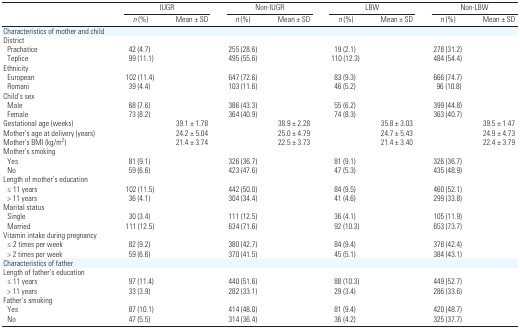
<table><thead><tr><td></td><td colspan="2"><b>IUGR</b></td><td colspan="2"><b>Non-IUGR</b></td><td colspan="2"><b>LBW</b></td><td colspan="2"><b>Non-LBW</b></td></tr><tr><td></td><td><b><i>n</i> (%)</b></td><td><b>Mean ± SD</b></td><td><b><i>n</i> (%)</b></td><td><b>Mean ± SD</b></td><td><b><i>n</i> (%)</b></td><td><b>Mean ± SD</b></td><td><b><i>n</i> (%)</b></td><td><b>Mean ± SD</b></td></tr></thead><tbody><tr><td colspan="9">Characteristics of mother and child</td></tr><tr><td colspan="9">District</td></tr><tr><td> Prachatice</td><td>42 (4.7)</td><td></td><td>255 (28.6)</td><td></td><td>19 (2.1)</td><td></td><td>278 (31.2)</td><td></td></tr><tr><td> Teplice</td><td>99 (11.1)</td><td></td><td>495 (55.6)</td><td></td><td>110 (12.3)</td><td></td><td>484 (54.4)</td><td></td></tr><tr><td colspan="9">Ethnicity</td></tr><tr><td> European</td><td>102 (11.4)</td><td></td><td>647 (72.6)</td><td></td><td>83 (9.3)</td><td></td><td>666 (74.7)</td><td></td></tr><tr><td> Romani</td><td>39 (4.4)</td><td></td><td>103 (11.6)</td><td></td><td>46 (5.2)</td><td></td><td>96 (10.8)</td><td></td></tr><tr><td colspan="9">Child’s sex</td></tr><tr><td> Male</td><td>68 (7.6)</td><td></td><td>386 (43.3)</td><td></td><td>55 (6.2)</td><td></td><td>399 (44.8)</td><td></td></tr><tr><td> Female</td><td>73 (8.2)</td><td></td><td>364 (40.9)</td><td></td><td>74 (8.3)</td><td></td><td>363 (40.7)</td><td></td></tr><tr><td>Gestational age (weeks)</td><td></td><td>39.1 ± 1.78</td><td></td><td>38.9 ± 2.28</td><td></td><td>35.8 ± 3.03</td><td></td><td>39.5 ± 1.47</td></tr><tr><td>Mother’s age at delivery (years)</td><td></td><td>24.2 ± 5.04</td><td></td><td>25.0 ± 4.79</td><td></td><td>24.7 ± 5.43</td><td></td><td>24.9 ± 4.73</td></tr><tr><td>Mother’s BMI (kg/m<sup>2</sup>)</td><td></td><td>21.4 ± 3.74</td><td></td><td>22.5 ± 3.73</td><td></td><td>21.4 ± 3.40</td><td></td><td>22.4 ± 3.79</td></tr><tr><td colspan="9">Mother’s smoking</td></tr><tr><td> Yes</td><td>81 (9.1)</td><td></td><td>326 (36.7)</td><td></td><td>81 (9.1)</td><td></td><td>326 (36.7)</td><td></td></tr><tr><td> No</td><td>59 (6.6)</td><td></td><td>423 (47.6)</td><td></td><td>47 (5.3)</td><td></td><td>435 (48.9)</td><td></td></tr><tr><td colspan="9">Length of mother’s education</td></tr><tr><td> ≤ 11 years</td><td>102 (11.5)</td><td></td><td>442 (50.0)</td><td></td><td>84 (9.5)</td><td></td><td>460 (52.1)</td><td></td></tr><tr><td> &gt; 11 years</td><td>36 (4.1)</td><td></td><td>304 (34.4)</td><td></td><td>41 (4.6)</td><td></td><td>299 (33.8)</td><td></td></tr><tr><td colspan="9">Marital status</td></tr><tr><td> Single</td><td>30 (3.4)</td><td></td><td>111 (12.5)</td><td></td><td>36 (4.1)</td><td></td><td>105 (11.9)</td><td></td></tr><tr><td> Married</td><td>111 (12.5)</td><td></td><td>634 (71.6)</td><td></td><td>92 (10.3)</td><td></td><td>653 (73.7)</td><td></td></tr><tr><td colspan="9">Vitamin intake during pregnancy</td></tr><tr><td> ≤ 2 times per week</td><td>82 (9.2)</td><td></td><td>380 (42.7)</td><td></td><td>84 (9.4)</td><td></td><td>378 (42.4)</td><td></td></tr><tr><td> &gt; 2 times per week</td><td>59 (6.6)</td><td></td><td>370 (41.5)</td><td></td><td>45 (5.1)</td><td></td><td>384 (43.1)</td><td></td></tr><tr><td colspan="9">Characteristics of father</td></tr><tr><td colspan="9">Length of father’s education</td></tr><tr><td> ≤ 11 years</td><td>97 (11.4)</td><td></td><td>440 (51.6)</td><td></td><td>88 (10.3)</td><td></td><td>449 (52.7)</td><td></td></tr><tr><td> &gt; 11 years</td><td>33 (3.9)</td><td></td><td>282 (33.1)</td><td></td><td>29 (3.4)</td><td></td><td>286 (33.6)</td><td></td></tr><tr><td colspan="9">Father’s smoking</td></tr><tr><td> Yes</td><td>87 (10.1)</td><td></td><td>414 (48.0)</td><td></td><td>81 (9.4)</td><td></td><td>420 (48.7)</td><td></td></tr><tr><td> No</td><td>47 (5.5)</td><td></td><td>314 (36.4)</td><td></td><td>36 (4.2)</td><td></td><td>325 (37.7)</td><td></td></tr></tbody></table>